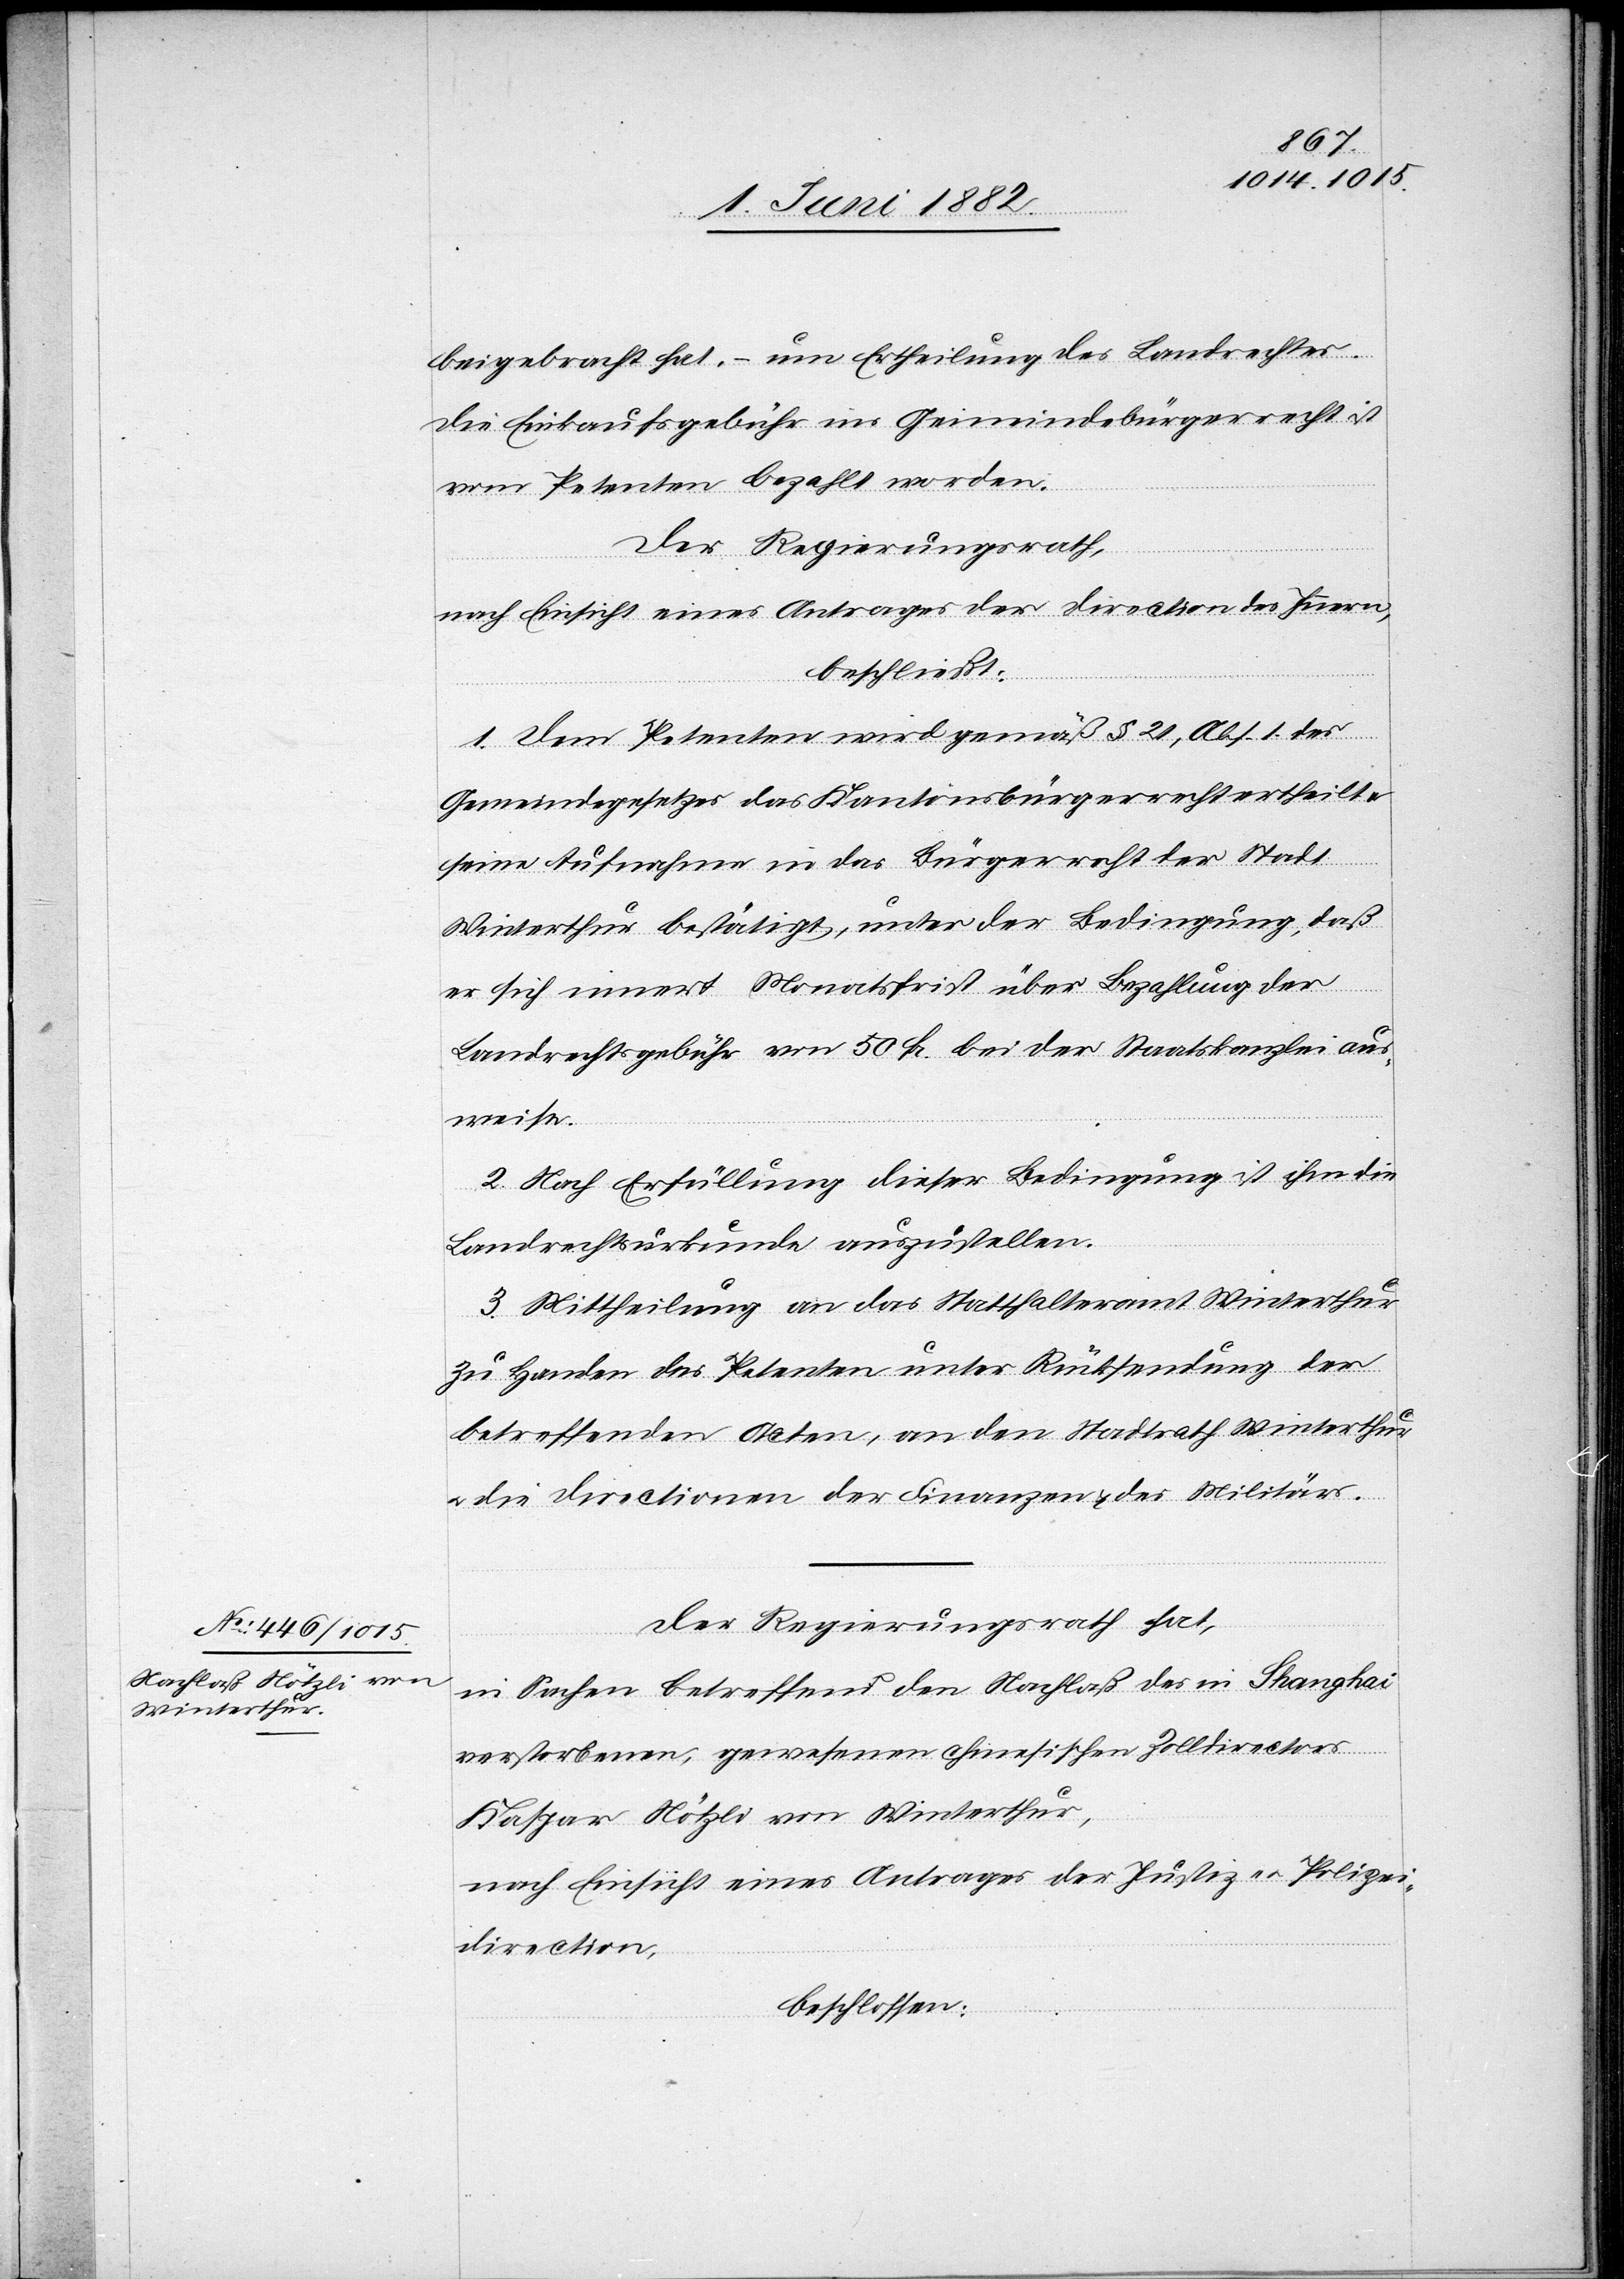
beigebracht hat, – um Ertheilung des Landrechtes.
Die Einkaufsgebühr ins Gemeindebürgerrecht ist
vom Petenten bezahlt worden.
Der Regierungsrath,
nach Einsicht eines Antrages der Direction des Innern,
beschließt:
1. Dem Petenten wird gemäß § 21, Abs. 1 des
Gemeindegesetzes das Kantonsbürgerrecht ertheilt
u.
seine Aufnahme in das Bürgerrecht der Stadt
Winterthur bestätigt, unter der Bedingung, daß
er sich innert Monatsfrist über Bezahlung der
Landrechtsgebühr von 50 Fr. bei der Staatskanzlei aus¬
weise.
2. Nach Erfüllung dieser Bedingung ist ihm die
Landrechtsurkunde auszustellen.
3. Mittheilung an das Statthalteramt Winterthur
zu Handen des Petenten unter Rücksendung der
betreffenden Acten, an den Stadtrath Winterthur
u. die Directionen der Finanzen & des Militärs.
Der Regierungsrath hat,
in Sachen betreffend den Nachlaß des in Shanghai
verstorbenen, gewesenen chinesischen Zolldirectors
Kaspar Nötzli, von Winterthur,
nach Einsicht eines Antrages der Justiz- u. Polizei¬
direction,
beschlossen: